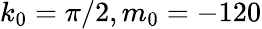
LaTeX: k_{0}=\pi/2,m_{0}=-120